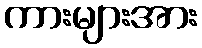
ကားများအား